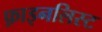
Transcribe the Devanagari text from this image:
फ़ाइनलिस्ट